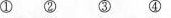
① ② ③ ④